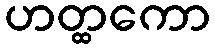
ဟတ္ထကော